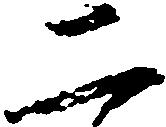
二